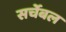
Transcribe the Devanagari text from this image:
सर्चेबल